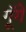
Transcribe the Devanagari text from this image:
गूॅगें